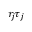
r _ { j } \tau _ { j }